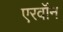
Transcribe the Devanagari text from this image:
एरवॉन